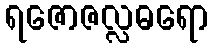
ရဇောဇလ္လဓရော